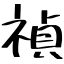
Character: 禎